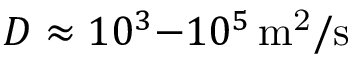
D \approx 1 0 ^ { 3 } { - } 1 0 ^ { 5 } \, \mathrm { m ^ { 2 } / s }